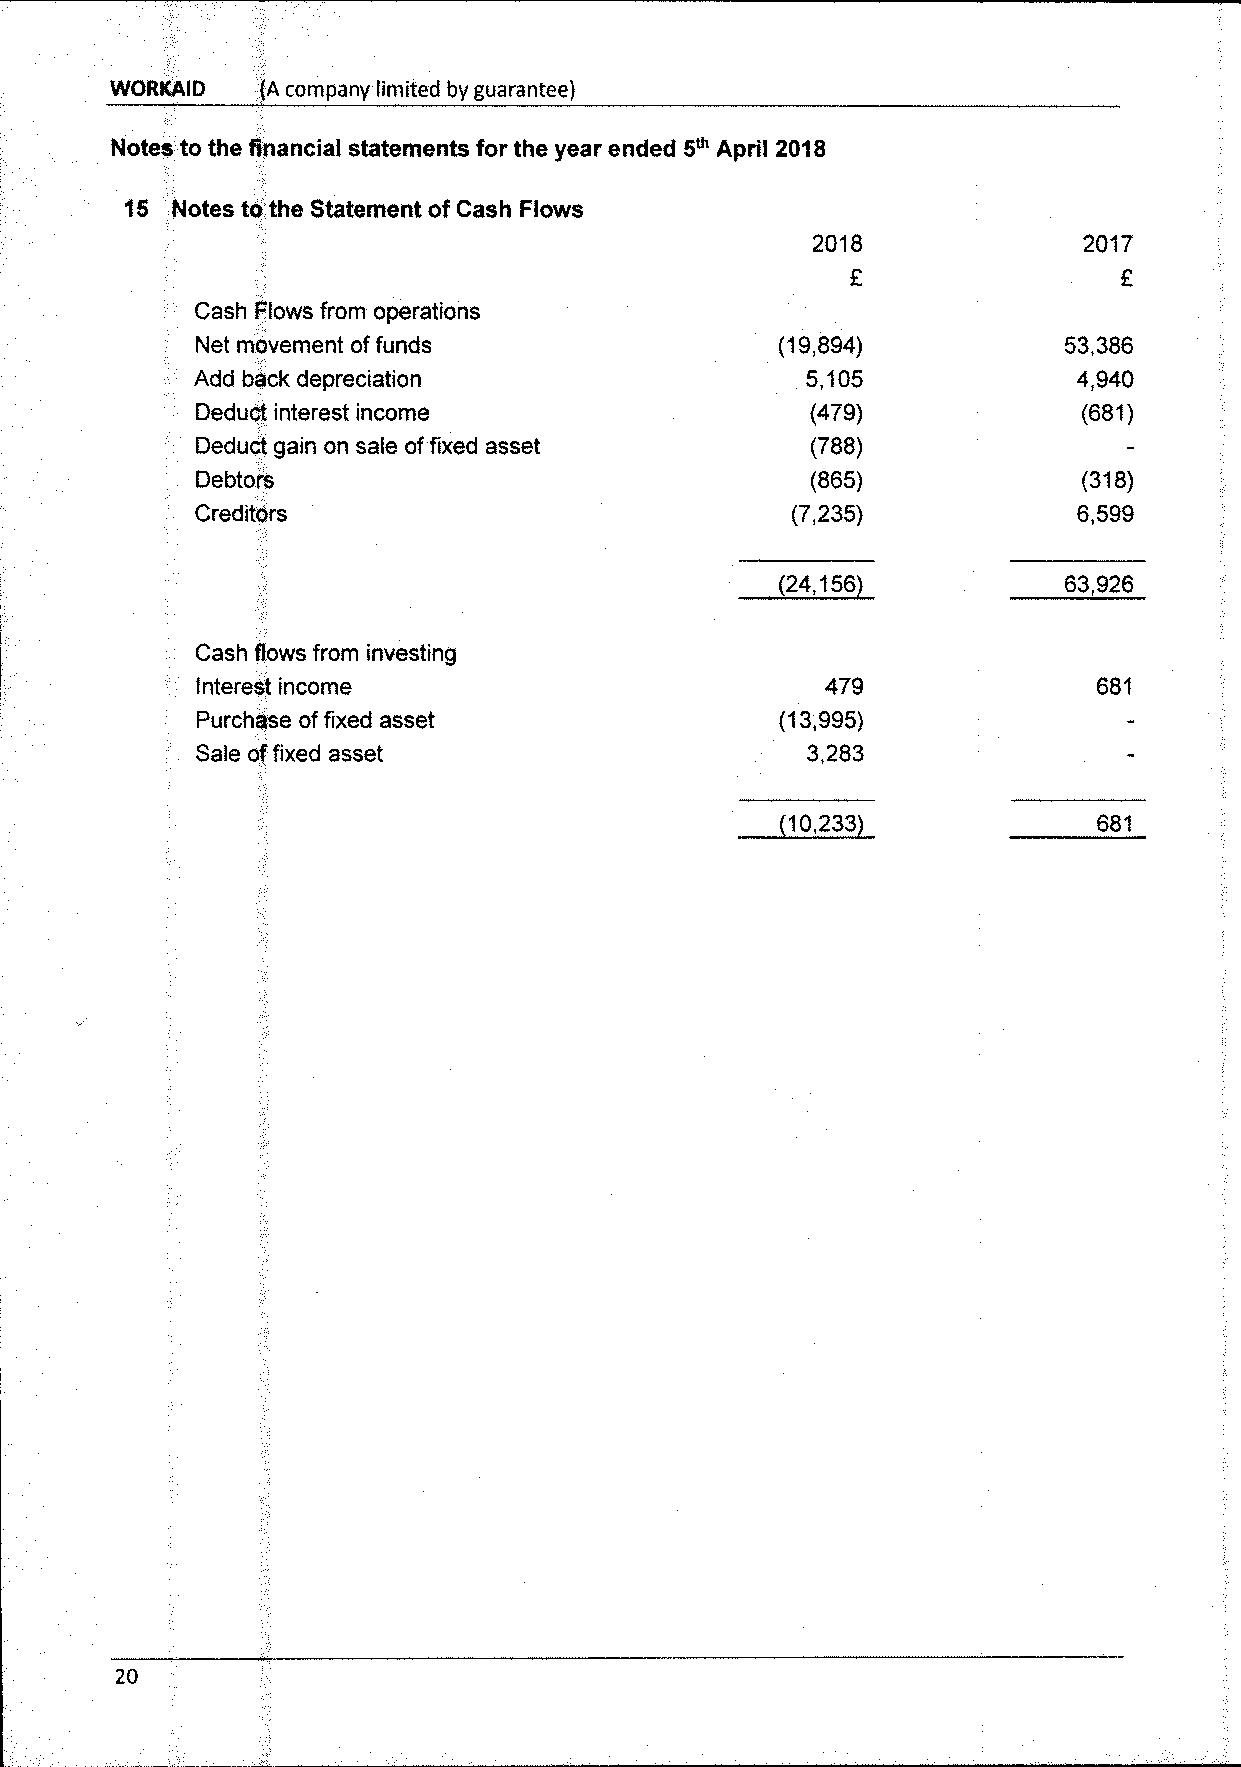
WORKAIO   (A company limited by guarantee)
 Notes to the financial statements for the year ended 5~ April 2018
 15 Notes to the Statement ofCash Flows
 2018
 Cash Flows from operations
 Net movement offunds                   (19,894)           53,386
 Add back depreciation                   5,105             4,940
 Deduct interest income                   {479)             (681)
 Deduct gain on sale offixed asset        (788)
 Debtors                                  (865)             {318)
 Creditors                              (7,235}            6,599
 24,156            63,926
 Cash flows from investing
 interest income                           479
 Purchase offixed asset                 (13,995}
 Sale offixed asset                      3,283
 10,233               681
 20